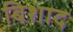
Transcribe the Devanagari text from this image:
बिशाद